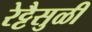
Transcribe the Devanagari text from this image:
रेट्टैसुळी